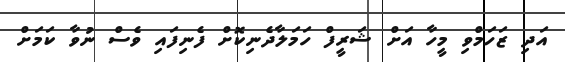
އަދި ޒަހަމްވި މީހާ އަށް ޝަރީފް ހަމަލާދެނިކޮށް ފެނިފައި ވެސް ނުވާ ކަމަށް